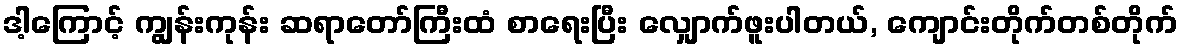
ဒါ့ကြောင့် ကျွန်းကုန်း ဆရာတော်ကြီးထံ စာရေးပြီး လျှောက်ဖူးပါတယ်, ကျောင်းတိုက်တစ်တိုက်